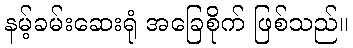
နမ့်ခမ်းဆေးရုံ အခြေစိုက် ဖြစ်သည်။